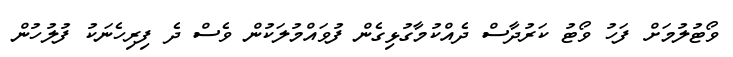
ވޯޓުލުމަށް ފަހު ވޯޓު ކަރުދާސް ދެއްކުމާގުޅިގެން ފުވައްމުލަކުން ވެސް ދެ ފިރިހެނަކު ފުލުހުން